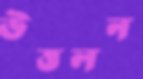
উত্তলন